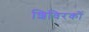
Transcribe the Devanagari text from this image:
शिविरकों